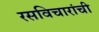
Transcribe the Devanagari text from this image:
रसविचारांची